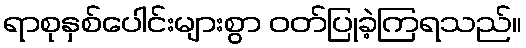
ရာစုနှစ်ပေါင်းများစွာ ဝတ်ပြုခဲ့ကြရသည်။